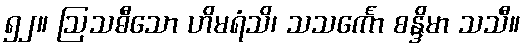
၅၂။ ဩသဓီသော ဟိမရံသိ၊ သသင်္ကော စန္ဒိမာ သသီ။